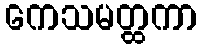
ကေသမတ္ထကာ